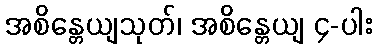
အစိန္တေယျသုတ်၊ အစိန္တေယျ ၄-ပါး